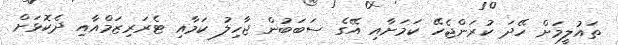
ތައުލީމަށް ހޭދަ ކުރަންޖެހޭ ކަމަށާއި އޭގެ ސަބަބުން ޖާހިލު ކަމާއި ޓެރަރިޒަމްއާއި ދެކޮޅަށް